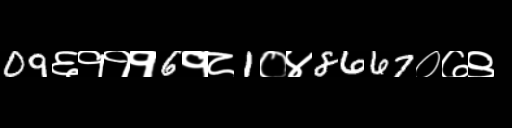
Text: 09६१११6१८1०४8667०७९